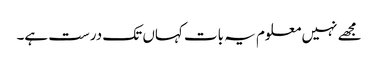
مجھے نہیں معلوم یہ بات کہاں تک درست ہے۔